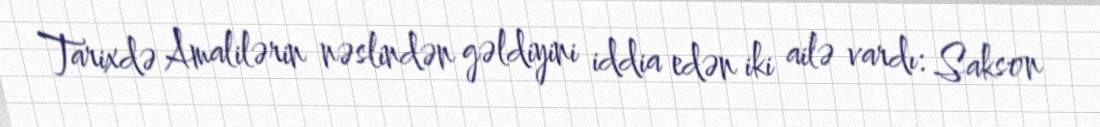
Tarixdə Amalilərin nəslindən gəldiyini iddia edən iki ailə vardı: Sakson